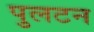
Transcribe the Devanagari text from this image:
पुलटन